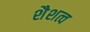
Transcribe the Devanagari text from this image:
शैशत्व